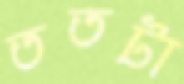
ততটা